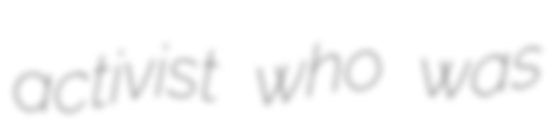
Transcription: activist who was